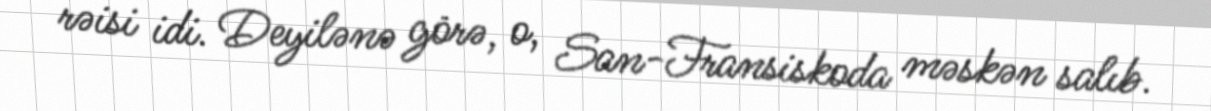
rəisi idi. Deyilənə görə, o, San-Fransiskoda məskən salıb.